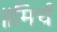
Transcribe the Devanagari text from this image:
॥मिर्च